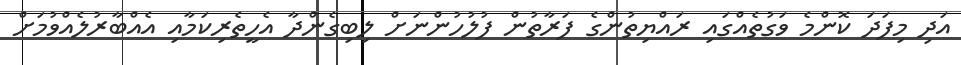
އަދި މިފަދަ ކޮންމެ ވަގުތެއްގައި ރައްޔިތުންގެ ފަރާތުން ފުލުހުންނަށް ލިބިގެންދާ އެހީތެރިކަމާއި އެއްބާރުލެއްވުމަށް